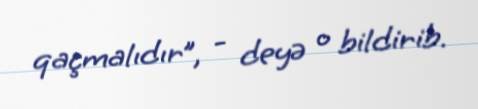
qaçmalıdır”, - deyə o bildirib.